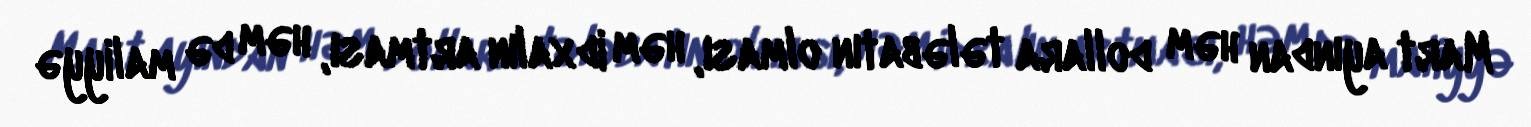
Mart ayından həm dollara tələbatın olması, həm idxalın artması, həm də maliyyə